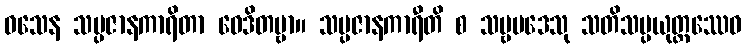
ဝသေန သမ္ပဇာနကာရိတာ ဝေဒိတဗ္ဗာ။ သမ္ပဇာနကာရီတိ စ သဗ္ဗပဒေသု သတိသမ္ပယုတ္တဿေဝ